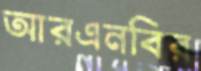
আরএনবির